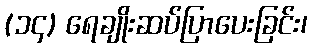
(၁၄) ရေချိုးဆပ်ပြာပေးခြင်း၊